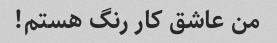
من عاشق کار رنگ هستم!